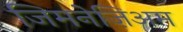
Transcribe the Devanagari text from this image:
जिमनेज़िअम